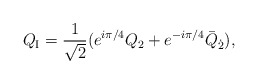
\begin{align*}Q_{\rm I}= \frac{1}{\sqrt{2}} (e^{i\pi/4}Q_2 + e^{-i\pi/4}\bar{Q}_{\dot{2}}), \end{align*}